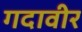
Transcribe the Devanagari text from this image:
गदावीर